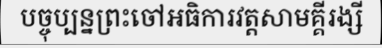
បច្ចុប្បន្នព្រះចៅអធិការវត្តសាមគ្គីរង្សី